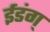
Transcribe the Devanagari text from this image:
ईडंग्